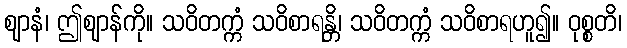
ဈာနံ၊ ဤဈာန်ကို။ သဝိတက္ကံ သဝိစာရန္တိ၊ သဝိတက္ကံ သဝိစာရဟူ၍။ ဝုစ္စတိ၊